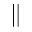
\parallel